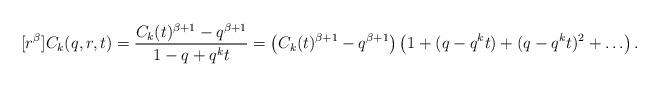
LaTeX: \begin{align*}[r^\beta] C_k(q,r,t) = \frac{C_k(t)^{\beta+1}-q^{\beta+1}}{1-q+q^kt} = \left( C_k(t)^{\beta+1}-q^{\beta+1} \right) \left( 1 + (q-q^kt) + (q-q^kt)^2 + \hdots \right).\end{align*}